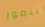
النمور